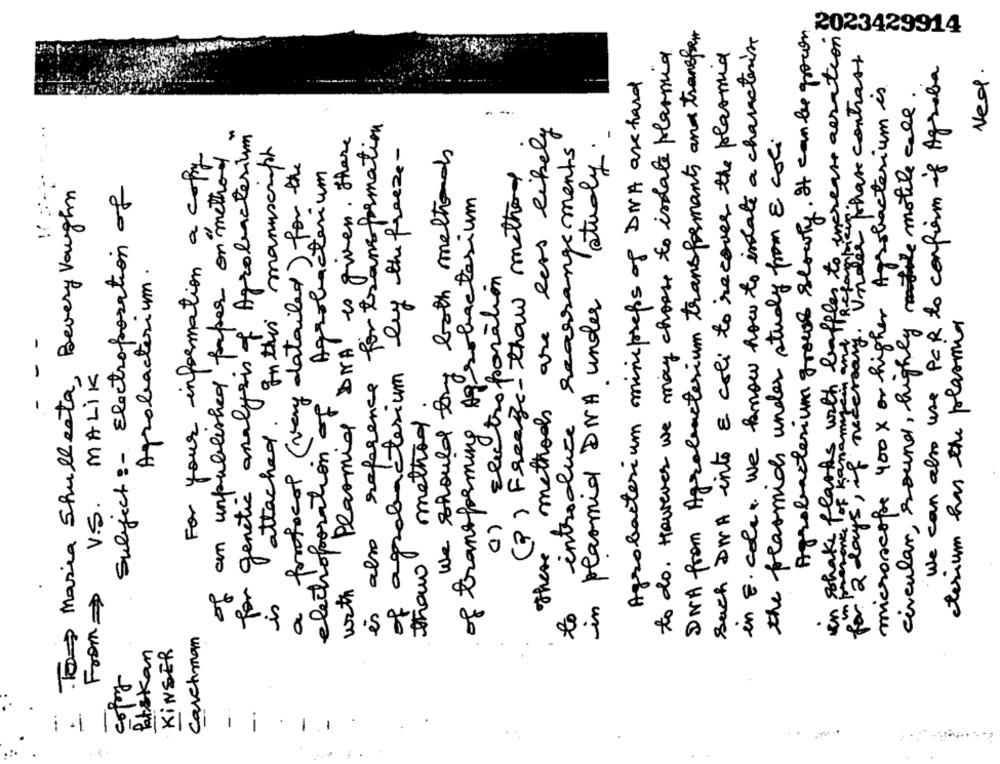
DNA from Agrobacterium transformants and transfer
Agrobacterium grows slowly. It can be grown
in E. coli We know how to instate a characterize
2023429914
in shake flasks with baffles to increase aeration
to do. However we may choose to indate plasmid
such DWA into E coli to recover the plasmid
les phase contrast
We can also use PCR to confirm if Agraba
Ned.
Agrobacterium minipreps of DNA are hard
microscope 400 x or higher Agrobacterium is
circular, round, highly mitte motile call.
for transformation
these methods are less likely
study
for genetic analysis of' Agrobacterium
Plasmid DNA to given. there
the peasmich under study from E coli
attached. Inthis manuscript
For your information a copy
of an unpublished paper on method
by the freeze-
We should try both melhoras
introduce searrangements
protocol ( very detailed) for the
(2) Freeze- thaw method
Agrobacterium
Tom Maria Shullesta, Bevery Vaughn
Subject :- Electroporation of
of transforming Agrobacterium
Agrobacterium.
1) Electroporation
in plasmid DNA under
for 2 days , if necessary . I
cterium has the plasmid
V.S. MALIK
of agrobacterium
es also reference
electroporation of
method
.
thaw
with
From=
is
a
to
Carchman
Patskan
KINSER
copy
i
1 ..
.